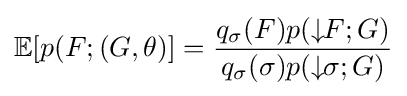
\mathbb {E} [p(F;(G,\theta )]={\frac {q_{\sigma }(F)p(\downarrow \!\!F;G)}{q_{\sigma }(\sigma )p(\downarrow \!\!\sigma ;G)}}